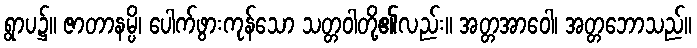
ရွာပ၌။ ဇာတာနမ္ပိ၊ ပေါက်ဖွားကုန်သော သတ္တဝါတို့၏လည်း။ အတ္တအာဝေါ၊ အတ္တဘောသည်။